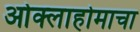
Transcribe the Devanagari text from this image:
ओक्लाहोमाचा